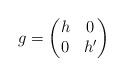
LaTeX: \begin{align*}g = \begin{pmatrix}h& 0 \\0& h'\end{pmatrix}\end{align*}